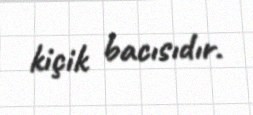
kiçik bacısıdır.